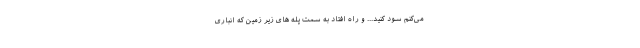
می­کنم سود کنید... و راه افتاد به سمت پله ­های زیر زمین که انباری